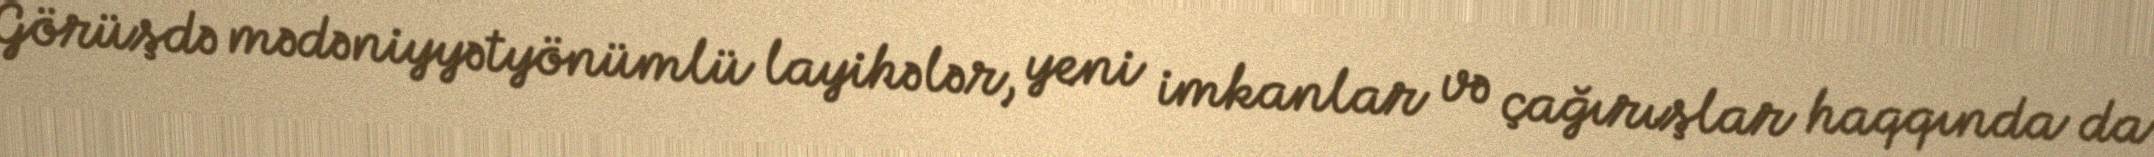
Görüşdə mədəniyyətyönümlü layihələr, yeni imkanlar və çağırışlar haqqında da